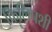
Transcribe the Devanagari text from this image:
फिलिपशी